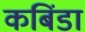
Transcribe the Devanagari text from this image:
कबिंडा